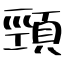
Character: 頸